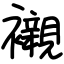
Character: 襯